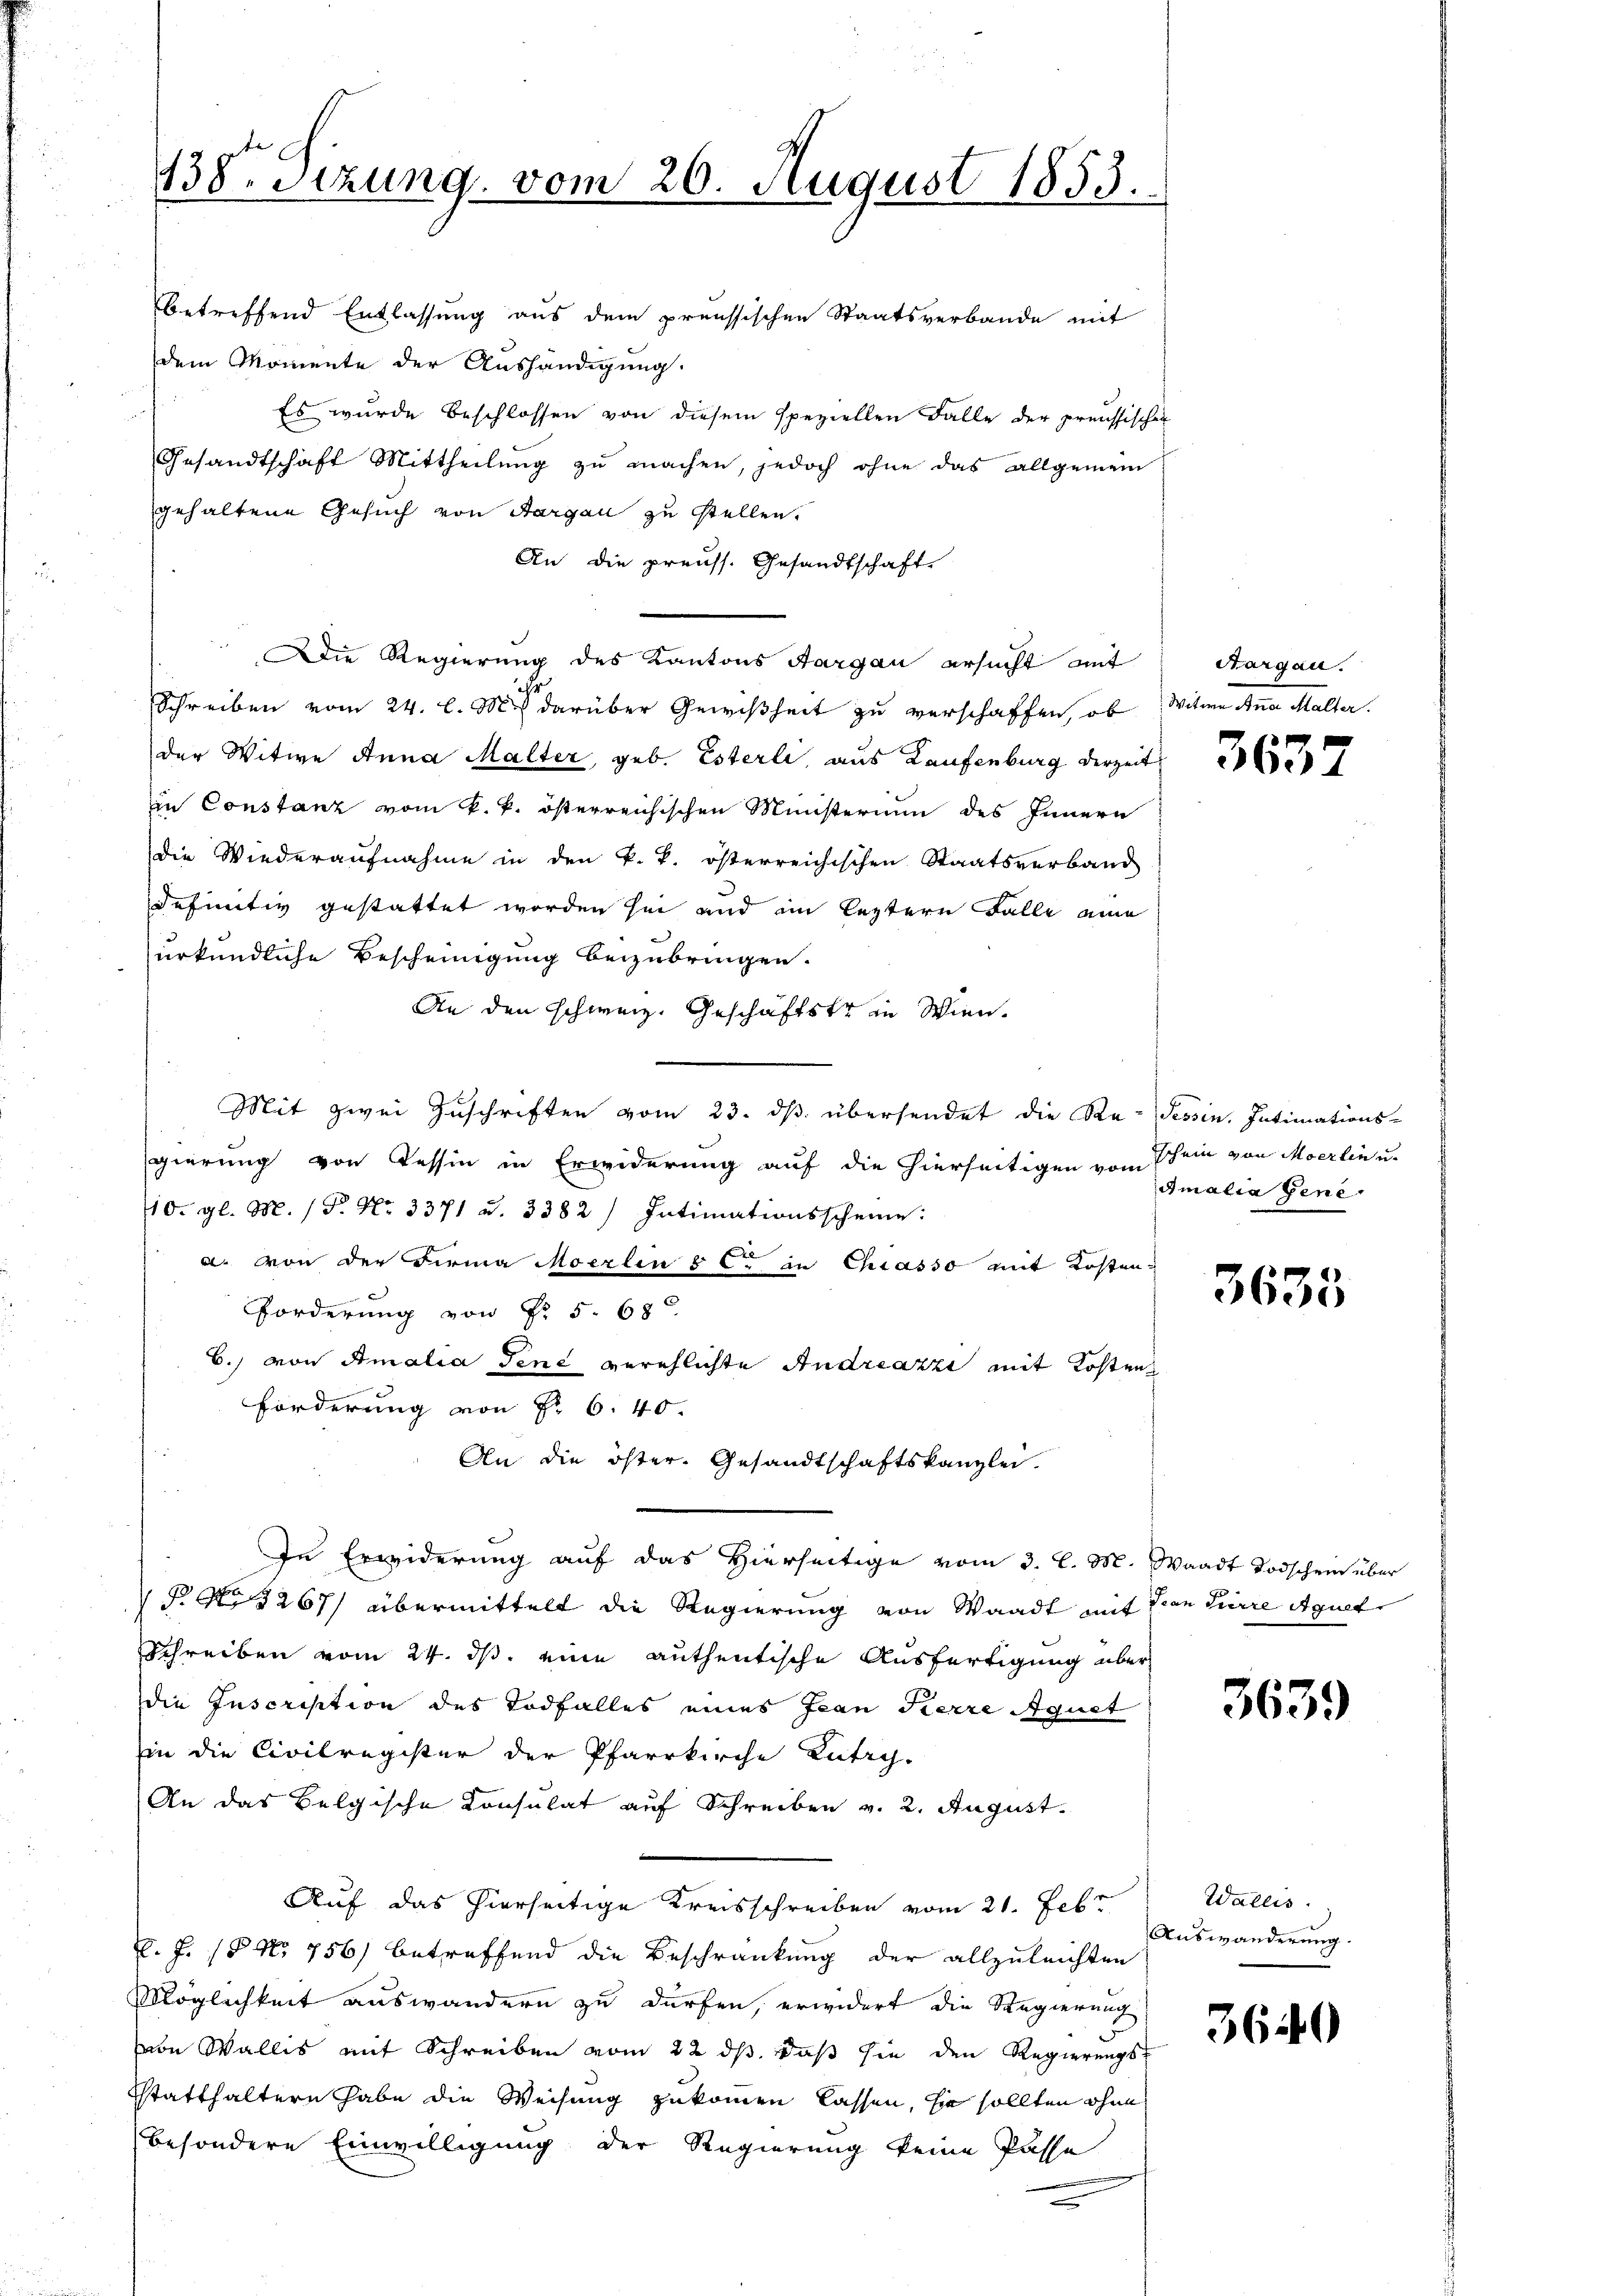
betreffend Entlassung aus dem preussischen Staatsverbande mit
dem Momente der Aushändigung.
Es wurde beschlossen von diesem speziellen Falle der preussischer
Gesandtschaft Mittheilŭng zŭ machen, jedoch ohne das allgemein
gehaltene Gesuch von Aargau zu stellen.
An die preuss. Gesandtschaft
Die Regierung des Kantons Aargau ersucht mit
ihr
Schreiben vom 24. l. M. darüber Gewißheit zu verschaffen, ob Witwe Anna Malter.
der Witwe Anna Malter, geb. Esterli, aus Laufenburg derzeit
in Constanz vom k. k. österreichischen Ministerium des Innern
die Wiederaufnahme in den k. k. österreichischen Staatsverband
definitiv gestattet worden sei und im leztern Falle eine
urkundliche Bescheinigung beizubringen.
An den schweiz. Geschäftstrin Wien.
Mit zwei Zuschriften vom 23. ds. übersendet die Re- Tessin, Intimations-
gierung von Tessin in Erwiderung auf die hierseitigen von Schein von Moerlin u.
10. gl. M. (P. Nr. 3371 u. 3382 / Intimationsscheine:
a. von der Firma Moerlin 5 C in Chiasso mit Kosten
Forderung von Fr. 5. 68
6.) von Amalia Tene verehlichte Andreazzi mit Kosten
Förderung von Fr. 6. 40.
An die öster. Gesandtschaftskanzlei.
In Erwiderung auf das Hierseitige vom 3. l. M. Waadt Todschein über
 P. Nr. 3267) übermittelt die Regierung von Waadt mit Von Tirre Aguet
Schreiben vom 24. ds. eine authentische Ausfertigung über
die Inscription des Todfalles eines Jean Pierre Aquet
in die Civilregister der Pfarrkirche Lutry.
An das Belgische Consulat auf Schreiben v. 2. August.
Auf das hierseitige Kreisschreiben vom 21. Febr.
J. J. (§ No. 756) betreffend die Beschränkung der allzuleichten
Möglichkeit auswandern zu dürfen, erwidert die Regierung
von Wallis mit Schreiben vom 22 ds. daß sie den Regierungs-
Statthaltern habe die Weisung zukommen lassen, sie sollten ohne
besondere Einwilligung der Regierung keine Pässe

138. Sizung vom 26. August 1853.

Sargau.

3637

Amalia Gene

3633

3639

Wallis.
Auswanderung.

3640